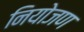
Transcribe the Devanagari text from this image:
नियोजण